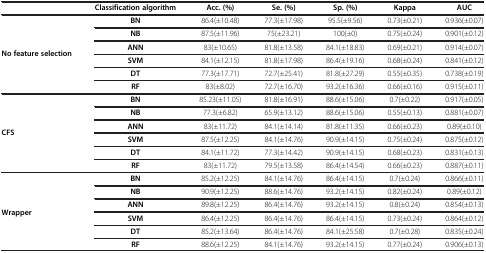
<table><thead><tr><td><b> </b></td><td><b>Classification algorithm</b></td><td><b>Acc. (%)</b></td><td><b>Se. (%)</b></td><td><b>Sp. (%)</b></td><td><b>Kappa</b></td><td><b>AUC</b></td></tr></thead><tbody><tr><td rowspan="6"><b>No feature selection</b></td><td><b>BN</b></td><td>86.4(±10.48)</td><td>77.3(±17.98)</td><td>95.5(±9.56)</td><td>0.73(±0.21)</td><td>0.936(±0.07)</td></tr><tr><td><b>NB</b></td><td>87.5(±11.96)</td><td>75(±23.21)</td><td>100(±0)</td><td>0.75(±0.24)</td><td>0.901(±0.12)</td></tr><tr><td><b>ANN</b></td><td>83(±10.65)</td><td>81.8(±13.58)</td><td>84.1(±18.83)</td><td>0.69(±0.21)</td><td>0.914(±0.07)</td></tr><tr><td><b>SVM</b></td><td>84.1(±12.15)</td><td>81.8(±17.98)</td><td>86.4(±19.16)</td><td>0.68(±0.24)</td><td>0.841(±0.12)</td></tr><tr><td><b>DT</b></td><td>77.3(±17.71)</td><td>72.7(±25.41)</td><td>81.8(±27.29)</td><td>0.55(±0.35)</td><td>0.738(±0.19)</td></tr><tr><td><b>RF</b></td><td>83(±8.02)</td><td>72.7(±16.70)</td><td>93.2(±16.36)</td><td>0.66(±0.16)</td><td>0.915(±0.11)</td></tr><tr><td rowspan="6"><b>CFS</b></td><td><b>BN</b></td><td>85.23(±11.05)</td><td>81.8(±16.91)</td><td>88.6(±15.06)</td><td>0.7(±0.22)</td><td>0.917(±0.05)</td></tr><tr><td><b>NB</b></td><td>77.3(±6.82)</td><td>65.9(±13.12)</td><td>88.6(±15.06)</td><td>0.55(±0.13)</td><td>0.881(±0.07)</td></tr><tr><td><b>ANN</b></td><td>83(±11.72)</td><td>84.1(±14.14)</td><td>81.8(±11.35)</td><td>0.66(±0.23)</td><td>0.89(±0.10)</td></tr><tr><td><b>SVM</b></td><td>87.5(±12.25)</td><td>84.1(±14.76)</td><td>90.9(±14.15)</td><td>0.75(±0.24)</td><td>0.875(±0.12)</td></tr><tr><td><b>DT</b></td><td>84.1(±11.72)</td><td>77.3(±14.42)</td><td>90.9(±14.15)</td><td>0.68(±0.23)</td><td>0.831(±0.13)</td></tr><tr><td><b>RF</b></td><td>83(±11.72)</td><td>79.5(±13.58)</td><td>86.4(±14.54)</td><td>0.66(±0.23)</td><td>0.887(±0.11)</td></tr><tr><td rowspan="6"><b>Wrapper</b></td><td><b>BN</b></td><td>85.2(±12.25)</td><td>84.1(±14.76)</td><td>86.4(±14.15)</td><td>0.7(±0.24)</td><td>0.866(±0.11)</td></tr><tr><td><b>NB</b></td><td>90.9(±12.25)</td><td>88.6(±14.76)</td><td>93.2(±14.15)</td><td>0.82(±0.24)</td><td>0.89(±0.12)</td></tr><tr><td><b>ANN</b></td><td>89.8(±12.25)</td><td>86.4(±14.76)</td><td>93.2(±14.15)</td><td>0.8(±0.24)</td><td>0.854(±0.13)</td></tr><tr><td><b>SVM</b></td><td>86.4(±12.25)</td><td>86.4(±14.76)</td><td>86.4(±14.15)</td><td>0.73(±0.24)</td><td>0.864(±0.12)</td></tr><tr><td><b>DT</b></td><td>85.2(±13.64)</td><td>86.4(±14.76)</td><td>84.1(±25.58)</td><td>0.7(±0.28)</td><td>0.835(±0.24)</td></tr><tr><td><b>RF</b></td><td>88.6(±12.25)</td><td>84.1(±14.76)</td><td>93.2(±14.15)</td><td>0.77(±0.24)</td><td>0.906(±0.13)</td></tr></tbody></table>